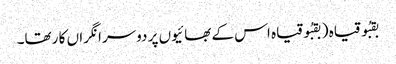
بقبُو قیاہ ( بقبُوقیاہ اس کے بھا ئیوں پر دوسرا نگراں کا رتھا۔